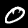
Digit: 0